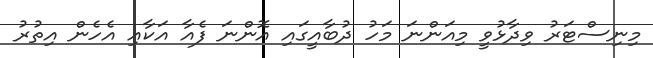
މިނިސްޓަރު ވިދާޅުވީ މިއަންނަ މަހު ދުބާއީގައި އޮންނަ ފެއާ އަކާއި އެހެން އިތުރު